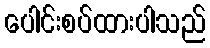
ပေါင်းစပ်ထားပါသည်